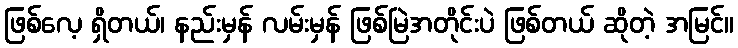
ဖြစ်လေ့ ရှိတယ်၊ နည်းမှန် လမ်းမှန် ဖြစ်မြဲအတိုင်းပဲ ဖြစ်တယ် ဆိုတဲ့ အမြင်။